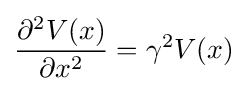
{\frac {\partial ^{2}V(x)}{\partial x^{2}}}=\gamma ^{2}V(x)